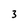
Character: 3